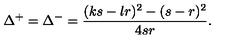
\Delta ^ { + } = \Delta ^ { - } = \displaystyle \frac { ( k s - l r ) ^ { 2 } - ( s - r ) ^ { 2 } } { 4 s r } .